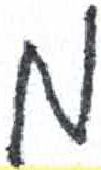
אות: מ